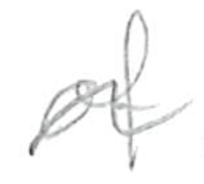
Text: of
Cross-out: wave
Writing tool: pencil